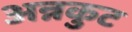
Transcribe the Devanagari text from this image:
अन्नकुट